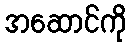
အဆောင်ကို